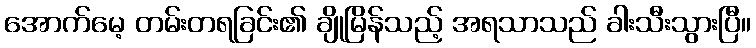
အောက်မေ့ တမ်းတရခြင်း၏ ချိုမြိန်သည့် အရသာသည် ခါးသီးသွားပြီ။